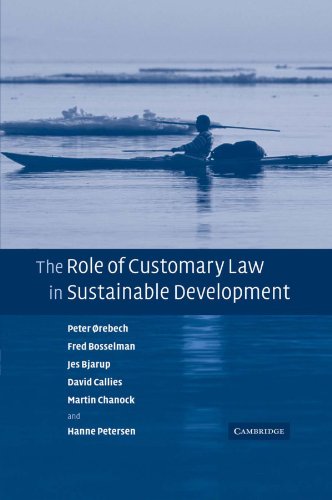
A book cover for The Role of Customary Law in Sustainable Development (Cambridge Studies in Law and Society); Peter Orebech; Law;